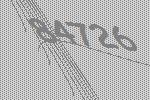
84726